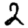
Digit: 2